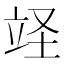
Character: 䇈